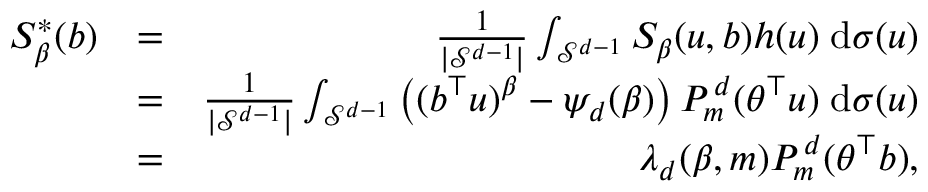
\begin{array} { r l r } { S _ { \beta } ^ { * } ( b ) } & { = } & { \frac 1 { | \mathcal { S } ^ { d - 1 } | } \int _ { \mathcal { S } ^ { d - 1 } } S _ { \beta } ( u , b ) h ( u ) \; \mathrm { d } \sigma ( u ) } \\ & { = } & { \frac 1 { | \mathcal { S } ^ { d - 1 } | } \int _ { \mathcal { S } ^ { d - 1 } } \left( ( b ^ { \top } u ) ^ { \beta } - \psi _ { d } ( \beta ) \right) P _ { m } ^ { \, d } ( \theta ^ { \top } u ) \; \mathrm { d } \sigma ( u ) } \\ & { = } & { \lambda _ { d } ( \beta , m ) P _ { m } ^ { \, d } ( \theta ^ { \top } b ) , } \end{array}